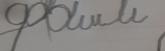
Signature authenticity: forged